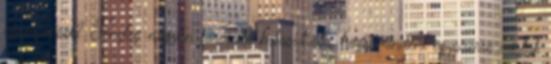
agymenések? Tényleg nagyon fárasztó katasztrófa, hogy mindent egyszerre zártak